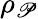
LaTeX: \rho_{\mathscr{P}}